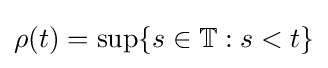
\rho (t)=\sup\{s\in \mathbb {T} :s<t\}